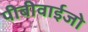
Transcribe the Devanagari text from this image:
पीबीवाईजो